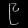
Digit: ၉